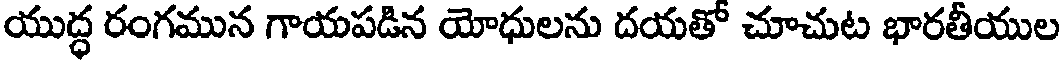
యుద్ధ రంగమున గాయపడిన యోధులను దయతో చూచుట భారతీయుల